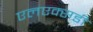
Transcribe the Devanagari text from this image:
एलएक्सडी